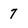
Character: 7